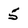
Character: 5